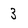
Character: 3